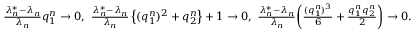
\begin{array} { r } { \frac { \lambda _ { n } ^ { * } - \lambda _ { n } } { \lambda _ { n } } q _ { 1 } ^ { n } \to 0 , \ \frac { \lambda _ { n } ^ { * } - \lambda _ { n } } { \lambda _ { n } } \left\{ ( q _ { 1 } ^ { n } ) ^ { 2 } + q _ { 2 } ^ { n } \right\} + 1 \to 0 , \ \frac { \lambda _ { n } ^ { * } - \lambda _ { n } } { \lambda _ { n } } \biggr ( \frac { ( q _ { 1 } ^ { n } ) ^ { 3 } } { 6 } + \frac { q _ { 1 } ^ { n } q _ { 2 } ^ { n } } { 2 } \biggr ) \to 0 . } \end{array}